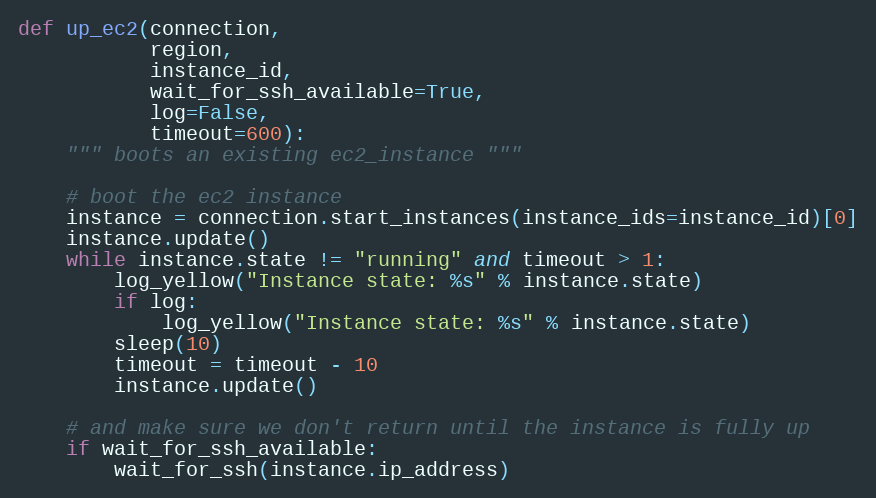
Language: Python
def up_ec2(connection,
           region,
           instance_id,
           wait_for_ssh_available=True,
           log=False,
           timeout=600):
    """ boots an existing ec2_instance """

    # boot the ec2 instance
    instance = connection.start_instances(instance_ids=instance_id)[0]
    instance.update()
    while instance.state != "running" and timeout > 1:
        log_yellow("Instance state: %s" % instance.state)
        if log:
            log_yellow("Instance state: %s" % instance.state)
        sleep(10)
        timeout = timeout - 10
        instance.update()

    # and make sure we don't return until the instance is fully up
    if wait_for_ssh_available:
        wait_for_ssh(instance.ip_address)